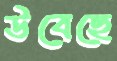
উবেছে